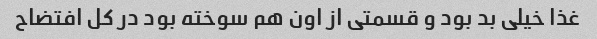
غذا خیلی بد بود و قسمتی از اون هم سوخته بود در کل افتضاح